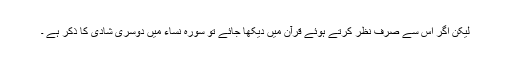
لیکن اگر اس سے صرف نظر کرتے ہوئے قرآن میں دیکھا جائے تو سورہ نساء میں دوسری شادی کا ذکر ہے ۔